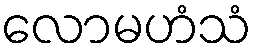
လောမဟံသံ